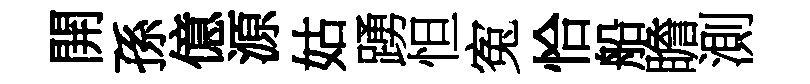
開孫億源姑踴怛寃恰船瞻測